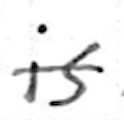
Text: is
Cross-out: mix
Writing tool: ballpoint